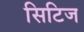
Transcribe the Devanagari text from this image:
सिटिज